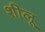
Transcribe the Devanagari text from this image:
शीलू